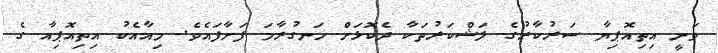
ވަނީ އިތިއޮޕިޔާ ސަރުކާރުގެ ލަޝްކަރުތަކާ ދެކޮޅަށް ހަނގުރާމަ ފަށާފައެވެ. މިއާއެކު އިތިއޮޕިއާ ގެ